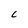
Character: C